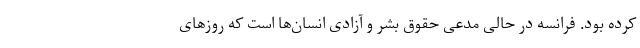
کرده بود. فرانسه در حالی مدعی حقوق بشر و آزادی انسان‌ها است که روز‌های